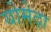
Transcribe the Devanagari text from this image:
योमेदा